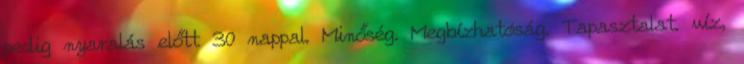
pedig nyaralás előtt 30 nappal. Minőség. Megbízhatóság. Tapasztalat. víz,